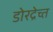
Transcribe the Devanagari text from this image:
डोरद्रेच्त